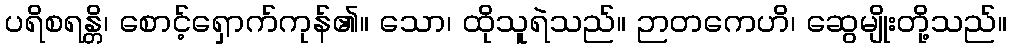
ပရိစရန္တိ၊ စောင့်ရှောက်ကုန်၏။ သော၊ ထိုသူရဲသည်။ ဉာတကေဟိ၊ ဆွေမျိုးတို့သည်။